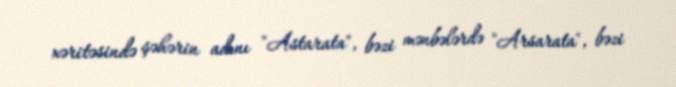
xəritəsində şəhərin adını "Astarata", bəzi mənbələrdə "Arsarata", bəzi